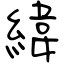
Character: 緯